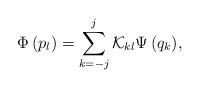
LaTeX: \begin{align*}\Phi \left( {p_l } \right) = \sum\limits_{k = - j}^j {{\cal K}_{kl} \Psi \left( {q_k } \right)} ,\end{align*}